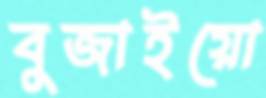
বুজাইয়ো